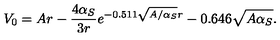
V _ { 0 } = A r - \frac { 4 \alpha _ { S } } { 3 r } e ^ { - 0 . 5 1 1 \sqrt { A / \alpha _ { S } } r } - 0 . 6 4 6 \sqrt { A \alpha _ { S } } .